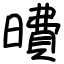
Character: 曊